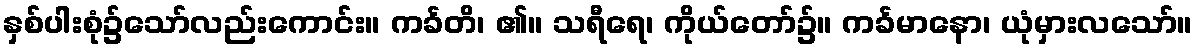
နှစ်ပါးစုံ၌သော်လည်းကောင်း။ ကင်္ခတိ၊ ၏။ သရီရေ၊ ကိုယ်တော်၌။ ကင်္ခမာနော၊ ယုံမှားလသော်။